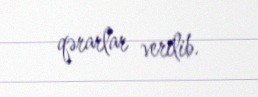
qərarlar verilib.